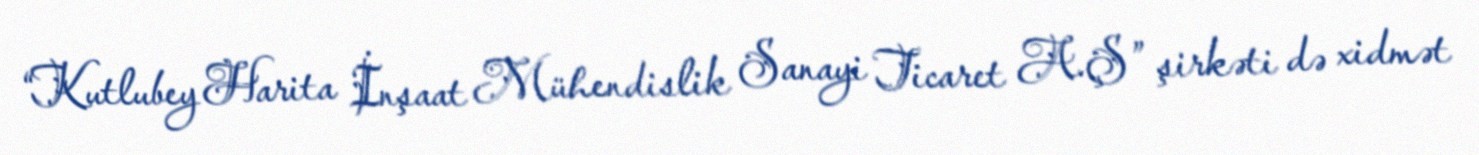
“Kutlubey Harita İnşaat Mühendislik Sanayi Ticaret A.Ş” şirkəti də xidmət